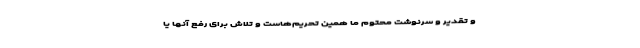
و تقدیر و سرنوشت محتوم ما همین تحریم‌هاست و تلاش برای رفع آنها یا